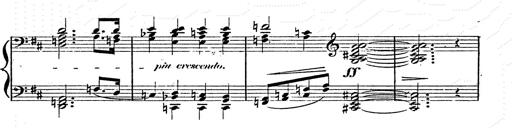
Title: Franz Schuberts geistliche Lieder
Composer: Franz Liszt